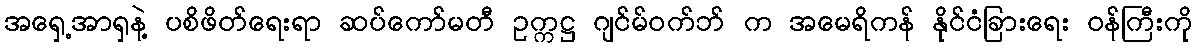
အရှေ့အာရှနဲ့ ပစိဖိတ်ရေးရာ ဆပ်ကော်မတီ ဥက္ကဋ္ဌ ဂျင်မ်ဝက်ဘ် က အမေရိကန် နိုင်ငံခြားရေး ဝန်ကြီးကို